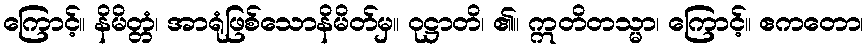
ကြောင့်။ နိမိတ္တံ၊ အာရုံဖြစ်သောနိမိတ်မှ။ ဝုဋ္ဌာတိ၊ ၏။ ဣတိတသ္မာ၊ ကြောင့်။ ဧကတော၊